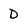
Character: D